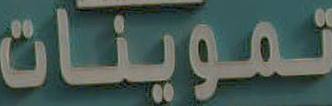
تموينات